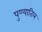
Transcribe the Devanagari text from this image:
पुण्यातिल